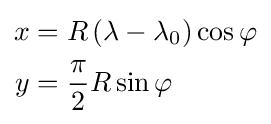
{\begin{aligned}x&=R\left(\lambda -\lambda _{0}\right)\cos \varphi \\y&={\frac {\pi }{2}}R\sin \varphi \end{aligned}}